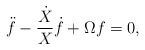
\begin{align*}\ddot{f} -\frac{\dot{X} }{X }\dot{f} +\Omega f =0,\end{align*}